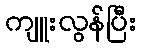
ကျူးလွန်ပြီး